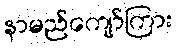
နာမည်ကျော်ကြား